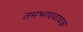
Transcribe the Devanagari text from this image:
तमभाववाचक